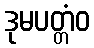
ဒုမပတ္တံဝ